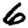
Digit: 6